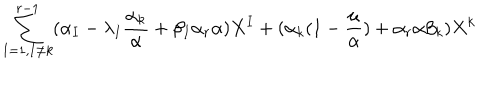
\sum _ { I = 1 , I \not = k } ^ { r - 1 } ( \alpha _ { I } - \lambda _ { I } \frac { \alpha _ { k } } { \alpha } + \beta _ { I } \alpha _ { r } \alpha ) X ^ { I } + ( \alpha _ { k } ( 1 - \frac { \mu } { \alpha } ) + \alpha _ { r } \alpha \beta _ { k } ) X ^ { k }